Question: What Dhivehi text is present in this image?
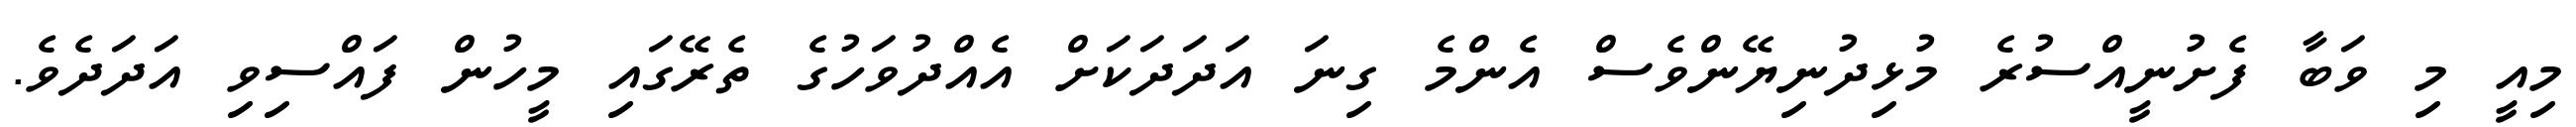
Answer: މިއީ މި ވަބާ ފެށުނީއްސުރެ މުޅިދުނިޔޭންވެސް އެންމެ ގިނަ އަދަދަކަށް އެއްދުވަހުގެ ތެރޭގައި މީހުން ފައްސިވި އަދަދެވެ.